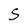
Character: S